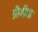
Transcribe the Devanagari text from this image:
क्रेकेट